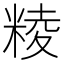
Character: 𥺙